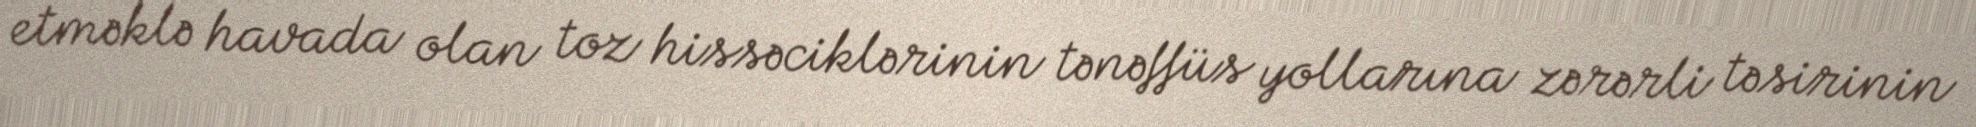
etməklə havada olan toz hissəciklərinin tənəffüs yollarına zərərli təsirinin